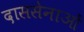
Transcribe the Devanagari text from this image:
दाससेनाओं